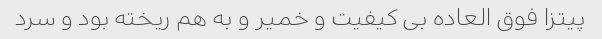
پیتزا فوق العاده بی کیفیت و خمیر و به هم ریخته بود و سرد